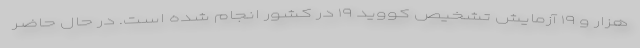
هزار و ۱۹ آزمایش تشخیص کووید ۱۹ در کشور انجام شده است. در حال حاضر